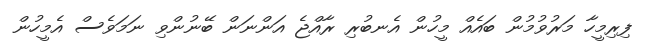
ފިރިމީހާ މަރުވުމުން ބައެއް މީހުން އެނބުރި ރާއްޖެ އަންނަން ބޭނުންވި ނަމަވެސް އެމީހުން